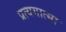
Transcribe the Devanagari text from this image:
प्रत्यगात्मा